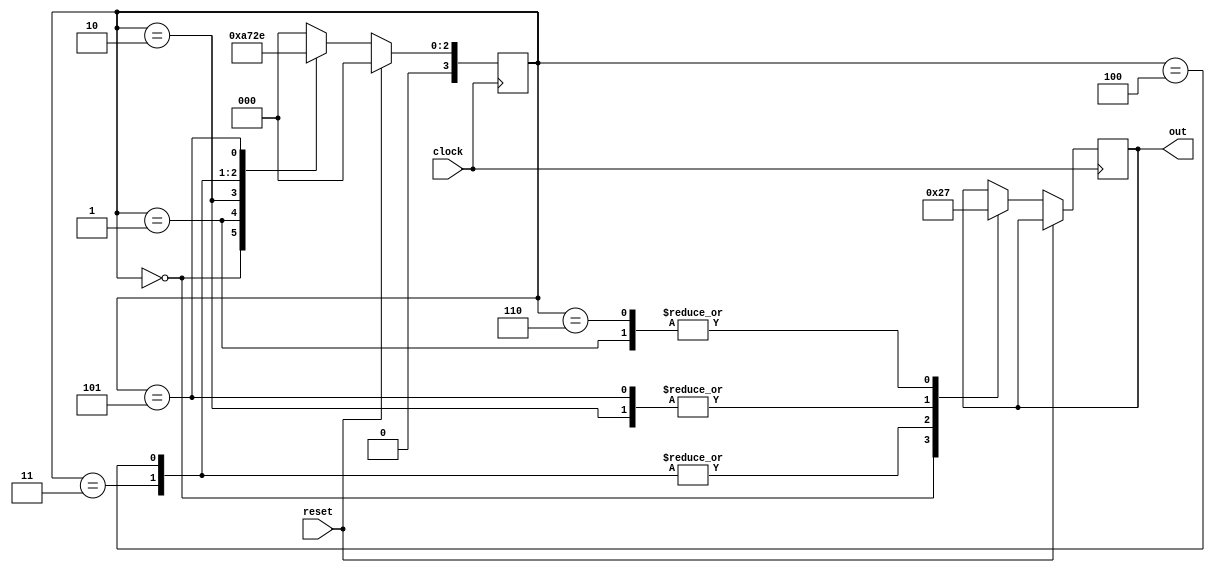
module counter
 (
     input clock,
     input reset,
     output [1:0] out
 );

    reg [1:0] out_tmp;
    reg [3:0] state;

    parameter [3:0] S0 = 3'd0;
    parameter [3:0] S1 = 3'd1;
    parameter [3:0] S2 = 3'd2;
    parameter [3:0] S3 = 3'd3;
    parameter [3:0] S4 = 3'd4;
    parameter [3:0] S5 = 3'd5;
    parameter [3:0] S6 = 3'd6;

    always @ (posedge(clock))

    if (reset)
        state <= 0;
    else
        begin
            case (state)
            S0:
                begin
                    out_tmp <= 2'd0;
                    state <= S1;
                end
            S1:
                begin
                    out_tmp <= 2'd3;
                    state <= S2;
                end
            S2:
                begin
                    out_tmp <= 2'd1;
                    state <= S3;
                end
            S3:
                begin
                    out_tmp <= 2'd2;
                    state <= S4;
                end      
            S4:
                begin
                    out_tmp <= 2'd2;
                    state <= S5;
                end
            S5:
                begin
                    out_tmp <= 2'd1;
                    state <= S6;
                end
            S6:
                begin
                    out_tmp <= 2'd3;
                    state <= S0;
                end  
              default:
                state <= S0; 
            endcase
        end    

    assign out = out_tmp;

endmodule